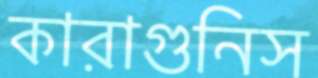
কারাগুনিস